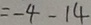
= - 4 - 1 4